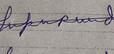
Signature authenticity: forged